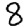
Digit: 8